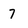
Character: 7